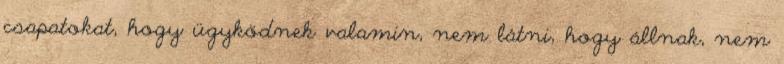
csapatokat, hogy ügyködnek valamin, nem látni, hogy állnak, nem